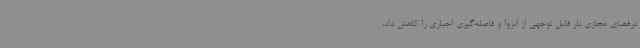
درفضای مجازی بار قابل توجهی از انزوا و فاصله‌گیری اجباری را کاهش داد،